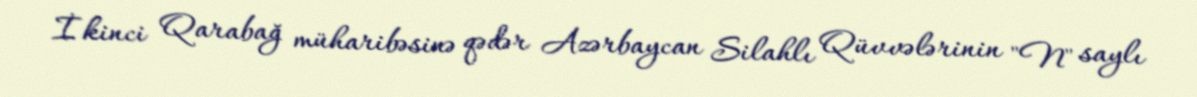
İkinci Qarabağ müharibəsinə qədər Azərbaycan Silahlı Qüvvələrinin "N" saylı